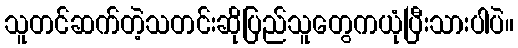
သူတင်ဆက်တဲ့သတင်းဆိုပြည်သူတွေကယုံပြီးသားပါပဲ။